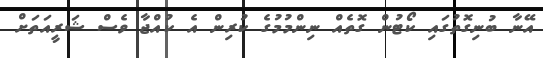
އޭނާ ބުނިގޮތުގައި ކޯޓުން ގޮތެއް ނިންމުމުގެ ކުރިން އެ ކުއްޖާ ވެސް ޝަރީއަތަށް